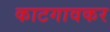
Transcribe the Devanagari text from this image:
काटगावकर